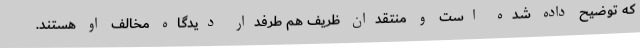
که توضیح داده شده است و منتقدان ظریف هم طرفدار دیدگاه مخالف او هستند.